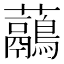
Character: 虉